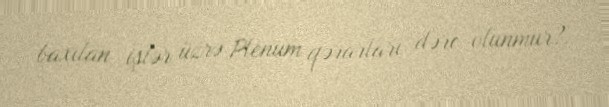
baxılan işlər üzrə Plenum qərarları dərc olunmur?.